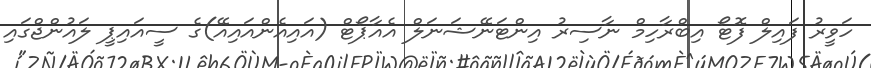
ހަވީރު ފައިލް ފޮޓޯ އިބްރާހިމް ނާސިރު އިންޓަނޭޝަނަލް އެއާޕޯޓް (އައިއެންއައިއޭ)ގެ ސީއައިޕީ ލައުންޖްގައި